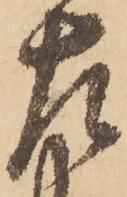
左